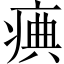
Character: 痶